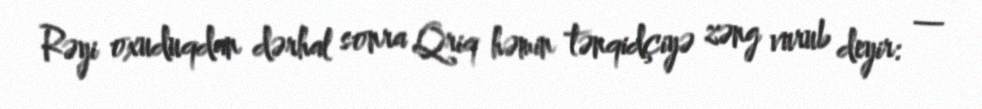
Rəyi oxuduqdan dərhal sonra Qriq həmin tənqidçiyə zəng vurub deyir: —